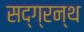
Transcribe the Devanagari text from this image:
सद्ग्रन्थ